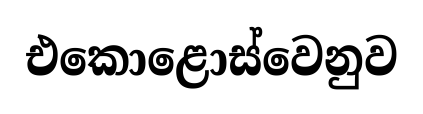
එකොළොස්වෙනුව